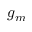
g _ { m }